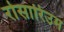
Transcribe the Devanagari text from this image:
रोसारिउम